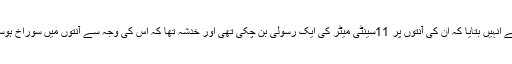
ڈاکٹر نے انہیں بتایا کہ ان کی آنتوں پر 11سینٹی میٹر کی ایک رسولی بن چکی تھی اور خدشہ تھا کہ اس کی وجہ سے آنتوں میں سوراخ ہوسکتا تھا۔